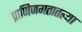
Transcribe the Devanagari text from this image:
प्राणिजगतातल्या